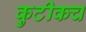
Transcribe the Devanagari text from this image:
कुटीकच